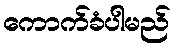
ကောက်ခံပါမည်